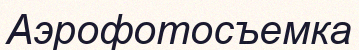
Аэрофотосъемка